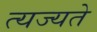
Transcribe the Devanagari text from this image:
त्यज्यते